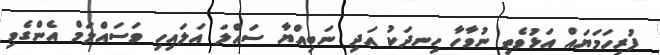
ފުރިހަމަޔައް އަޅުވެތި ނުވާހާ ހިނދަކު އަދި ނަބިއްޔާ ސައްލަ އަލައިހި ވަސައްލަމް އެންގެވި